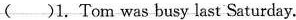
( )1.Tom was busy last Saturday.